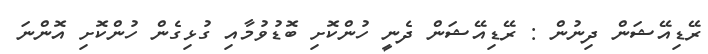
ރޭޑިއޭޝަން ދިނުން : ރޭޑިއޭޝަން ދެނީ ހުންކޮށި ބޮޑުވުމާއި ގުޅިގެން ހުންކޮށި އޮންނަ